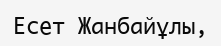
Есет Жанбайұлы,